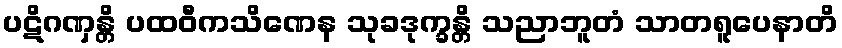
ပဋိဂဏှန္တိ ပထဝီကသိဏေန သုခဒုက္ခန္တိ သညာဘူတံ သာတရူပေနာတိ